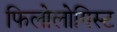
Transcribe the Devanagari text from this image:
फिलोलोगिस्ट